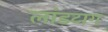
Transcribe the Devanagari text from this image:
लांडटाग